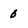
Character: 0